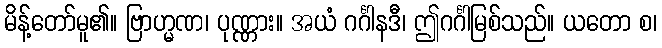
မိန့်တော်မူ၏။ ဗြာဟ္မဏ၊ ပုဏ္ဏား။ အယံ ဂင်္ဂါနဒီ၊ ဤဂင်္ဂါမြစ်သည်။ ယတော စ၊